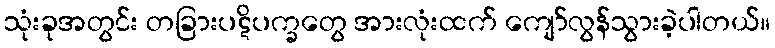
သုံးခုအတွင်း တခြားပဋိပက္ခတွေ အားလုံးထက် ကျော်လွန်သွားခဲ့ပါတယ်။